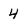
Character: 4